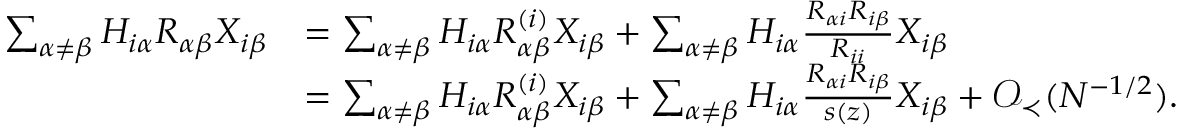
\begin{array} { r l } { \sum _ { \alpha \neq \beta } H _ { i \alpha } R _ { \alpha \beta } X _ { i \beta } } & { = \sum _ { \alpha \neq \beta } H _ { i \alpha } R _ { \alpha \beta } ^ { ( i ) } X _ { i \beta } + \sum _ { \alpha \neq \beta } H _ { i \alpha } \frac { R _ { \alpha i } R _ { i \beta } } { R _ { i i } } X _ { i \beta } } \\ & { = \sum _ { \alpha \neq \beta } H _ { i \alpha } R _ { \alpha \beta } ^ { ( i ) } X _ { i \beta } + \sum _ { \alpha \neq \beta } H _ { i \alpha } \frac { R _ { \alpha i } R _ { i \beta } } { s ( z ) } X _ { i \beta } + { \mathcal O } _ { \prec } ( N ^ { - 1 / 2 } ) . } \end{array}